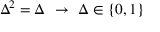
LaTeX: \Delta ^ { 2 } = \Delta \ \rightarrow \ \Delta \in \{ 0 , 1 \}